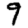
Digit: 9